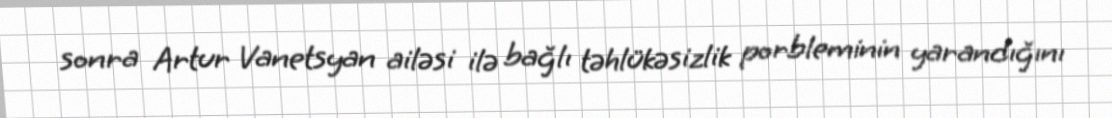
sonra Artur Vanetsyan ailəsi ilə bağlı təhlükəsizlik porbleminin yarandığını